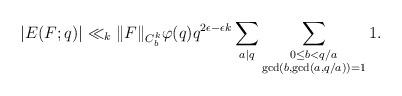
LaTeX: \begin{align*}\left|E(F;q)\right|\ll_k \|F\|_{C_b^k} \varphi(q)q^{2\epsilon-\epsilon k} \sum_{a|q}\sum_{\substack{0\leq b< q/a \\ \gcd(b, \gcd(a, q/a))=1}}1.\end{align*}